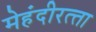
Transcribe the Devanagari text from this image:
मेहंदीरत्‍ता